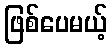
ဖြစ်ပေမယ့်